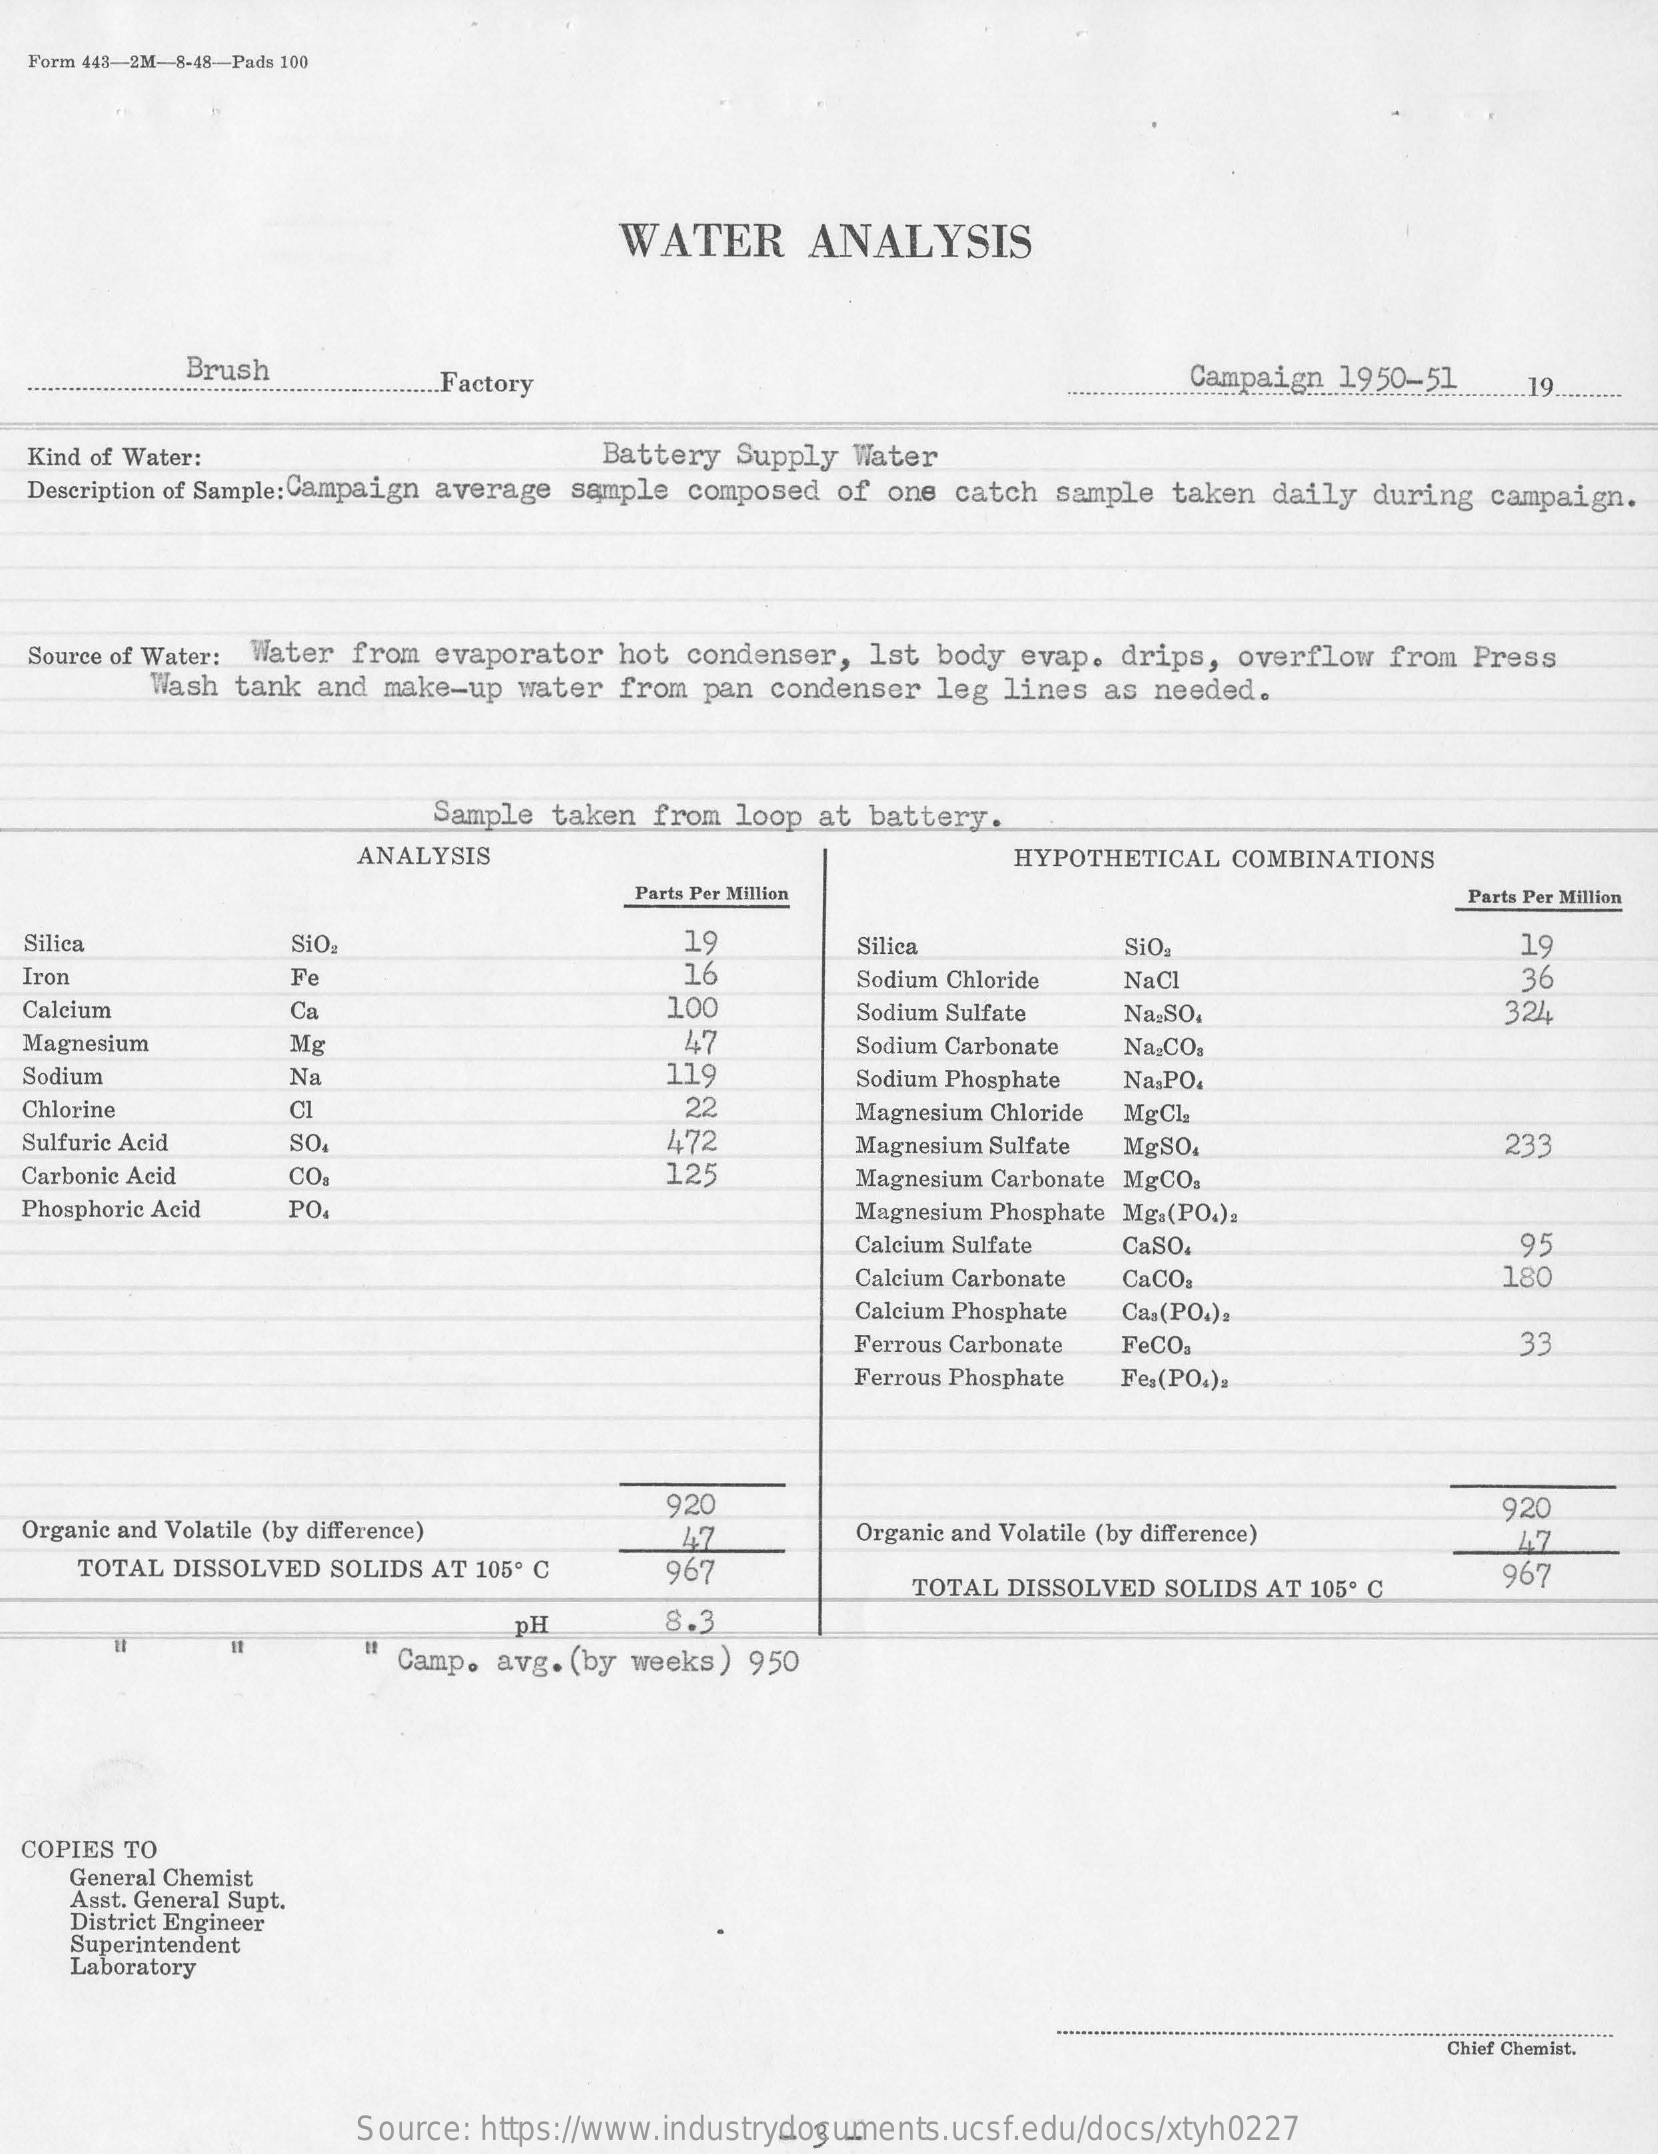
Form 443-2M-8-48-Pads 100
     WATER    ANALYSIS
     Brush    .. Factory    Campaign 1950-51  .19 ..........
  Kind of Water:    Battery Supply Water
  Description of Sample: Campaign average sample composed of one catch sample taken daily during campaign.
  Source of Water: Water from evaporator hot condenser, Ist body evap. drips, overflow from Press
     Wash tank and make-up water from pan condenser leg lines as needed.
     Sample taken from loop at battery.
     ANALYSIS    HYPOTHETICAL COMBINATIONS
     Parts Per Million    Parts Per Million
  Silica    SiO    19    Silica    SiO    19
  Iron    Fe    16    Sodium Chloride NaCl    36
  Calcium    Ca    100    Sodium Sulfate Na.SO.    324
  Magnesium    Mg    47    Sodium Carbonate Na.CO.
  Sodium    Na    119    Sodium Phosphate Na,PO.
  Chlorine    Cl    22    Magnesium Chloride MgCl
  Sulfuric Acid SO    472    Magnesium Sulfate MgSO.    233
  Carbonic Acid CO.    125    Magnesium Carbonate MgCO3
  Phosphoric Acid PO    Magnesium Phosphate Mg.(PO4)2
     Calcium Sulfate CaSO.    95
     Calcium Carbonate CaCO.    180
     Calcium Phosphate Ca.(PO4):
     Ferrous Carbonate FeCO.    33
     Ferrous Phosphate Fe.(PO.).
  Organic and Volatile (by difference)
     920
     Organic and Volatile (by difference)
     920
     47    1.7
     TOTAL DISSOLVED SOLIDS AT 105º C 967
     TOTAL DISSOLVED SOLIDS AT 105º C
     967
     pH    8.3
     Camp. avg. (by weeks) 950
  COPIES TO
    General Chemist
    Asst. General Supt.
    District Engineer
    Superintendent
    Laboratory
     Chief Chemist,
     Source: https://www.industrydocuments.ucsf.edu/docs/xtyh0227 3